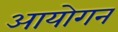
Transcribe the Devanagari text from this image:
आयोगन